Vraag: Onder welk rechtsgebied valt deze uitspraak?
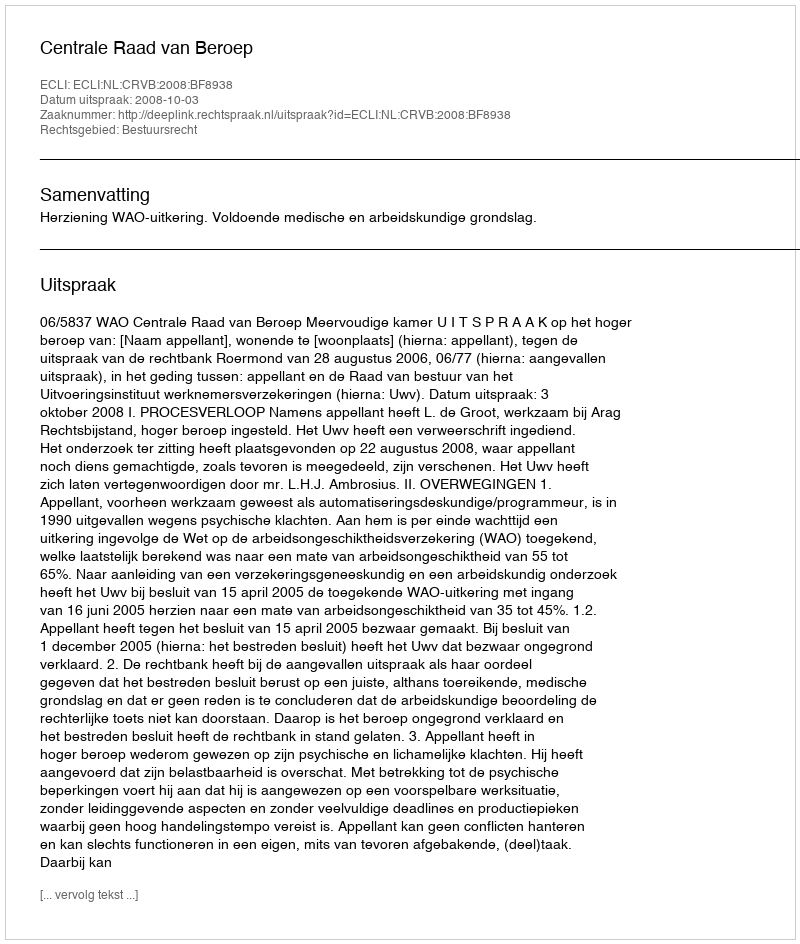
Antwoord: Bestuursrecht